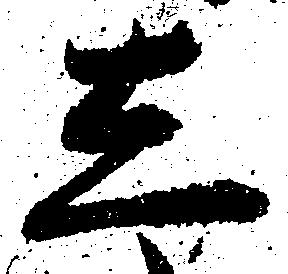
し